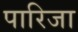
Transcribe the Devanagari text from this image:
पारिजा